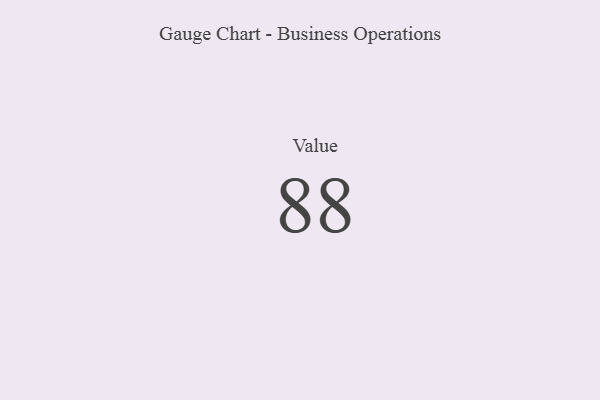
{"axis": {"x": "Metric", "y": "Value"}, "legend": [""], "data": [{"x": "Value", "y": 88, "type": ""}]}